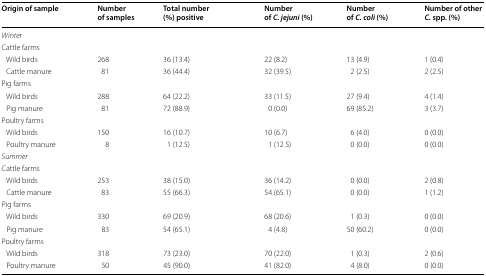
| Origin of sample | Number of samples | Total number (%) positive | Number of C. jejuni (%) | Number of C. coli (%) | Number of other C. spp. (%) |
 | --- | --- | --- | --- | --- | --- |
 | <COLSPAN=6> Winter |
 | <COLSPAN=6> Cattle farms |
 | Wild birds | 268 | 36 (13.4) | 22 (8.2) | 13 (4.9) | 1 (0.4) |
 | Cattle manure | 81 | 36 (44.4) | 32 (39.5) | 2 (2.5) | 2 (2.5) |
 | <COLSPAN=6> Pig farms |
 | Wild birds | 288 | 64 (22.2) | 33 (11.5) | 27 (9.4) | 4 (1.4) |
 | Pig manure | 81 | 72 (88.9) | 0 (0.0) | 69 (85.2) | 3 (3.7) |
 | <COLSPAN=6> Poultry farms |
 | Wild birds | 150 | 16 (10.7) | 10 (6.7) | 6 (4.0) | 0 (0.0) |
 | Poultry manure | 8 | 1 (12.5) | 1 (12.5) | 0 (0.0) | 0 (0.0) |
 | <COLSPAN=6> Summer |
 | <COLSPAN=6> Cattle farms |
 | Wild birds | 253 | 38 (15.0) | 36 (14.2) | 0 (0.0) | 2 (0.8) |
 | Cattle manure | 83 | 55 (66.3) | 54 (65.1) | 0 (0.0) | 1 (1.2) |
 | <COLSPAN=6> Pig farms |
 | Wild birds | 330 | 69 (20.9) | 68 (20.6) | 1 (0.3) | 0 (0.0) |
 | Pig manure | 83 | 54 (65.1) | 4 (4.8) | 50 (60.2) | 0 (0.0) |
 | <COLSPAN=6> Poultry farms |
 | Wild birds | 318 | 73 (23.0) | 70 (22.0) | 1 (0.3) | 2 (0.6) |
 | Poultry manure | 50 | 45 (90.0) | 41 (82.0) | 4 (8.0) | 0 (0.0) |